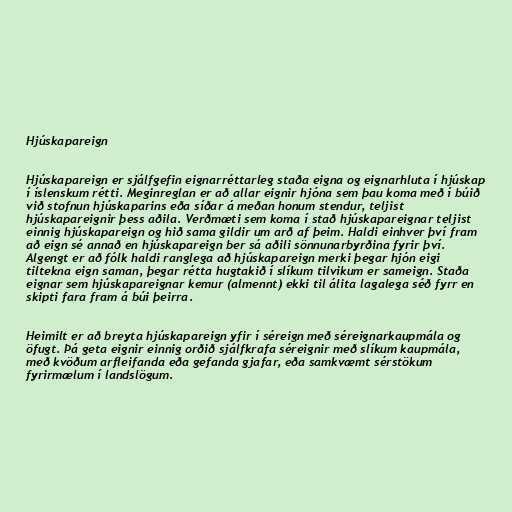
Hjúskapareign

Hjúskapareign er sjálfgefin eignarréttarleg staða eigna og eignarhluta í hjúskap
í íslenskum rétti. Meginreglan er að allar eignir hjóna sem þau koma með í búið
við stofnun hjúskaparins eða síðar á meðan honum stendur, teljist
hjúskapareignir þess aðila. Verðmæti sem koma í stað hjúskapareignar teljist
einnig hjúskapareign og hið sama gildir um arð af þeim. Haldi einhver því fram
að eign sé annað en hjúskapareign ber sá aðili sönnunarbyrðina fyrir því.
Algengt er að fólk haldi ranglega að hjúskapareign merki þegar hjón eigi
tiltekna eign saman, þegar rétta hugtakið í slíkum tilvikum er sameign. Staða
eignar sem hjúskapareignar kemur (almennt) ekki til álita lagalega séð fyrr en
skipti fara fram á búi þeirra.

Heimilt er að breyta hjúskapareign yfir í séreign með séreignarkaupmála og
öfugt. Þá geta eignir einnig orðið sjálfkrafa séreignir með slíkum kaupmála,
með kvöðum arfleifanda eða gefanda gjafar, eða samkvæmt sérstökum
fyrirmælum í landslögum.